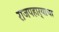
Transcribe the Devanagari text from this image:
राजपहार्‍याचा